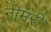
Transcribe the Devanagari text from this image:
नीमरी